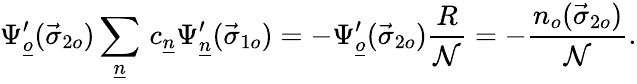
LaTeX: \Psi_{\underline{{{o}}}}^{\prime}(\vec{\sigma}_{2o})\sum_{\underline{{{n}}}}\, c_{\underline{{{n}}}}\Psi_{\underline{{{n}}}}^{\prime}(\vec{\sigma}_{1o})=-\Psi_{\underline{{{o}}}}^{\prime}(\vec{\sigma}_{2o})\frac{R}{\cal N}=-\frac{n_{o}(\vec{\sigma}_{2o})}{\cal N}.